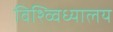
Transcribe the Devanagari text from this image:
विश्व्विध्यालय